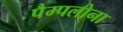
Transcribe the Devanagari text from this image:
पैम्पलोना